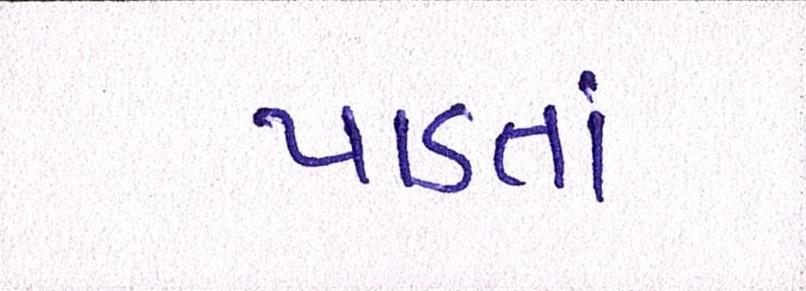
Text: પાડતાં